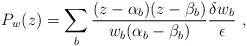
\begin{align*}P_w(z)= \sum_b\frac{(z-\alpha _b)(z-\beta _b)}{w_b(\alpha _b-\beta _b)}\frac{\delta w_b}{\epsilon }\ ,\end{align*}